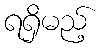
ရရှိမည့်